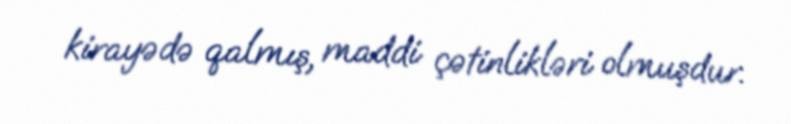
kirayədə qalmış, maddi çətinlikləri olmuşdur.